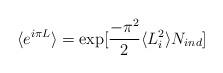
LaTeX: \begin{align*}\langle e^{i\pi L}\rangle=\exp [\frac{-\pi^2}{2}\langle L_i^2\rangle N_{ind}]\end{align*}